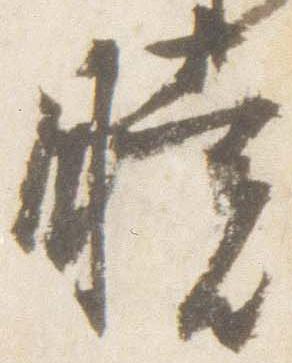
暁